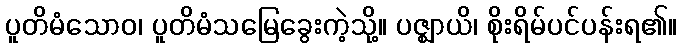
ပူတိမံသောဝ၊ ပူတိမံသမြေခွေးကဲ့သို့။ ပဇ္ဈာယိ၊ စိုးရိမ်ပင်ပန်းရ၏။